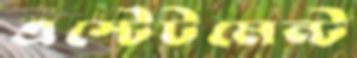
এস্টেটমেন্ট